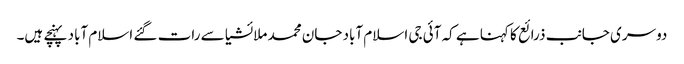
دوسری جانب ذرائع کا کہنا ہے کہ آئی جی اسلام آباد جان محمد ملائشیا سے رات گئے اسلام آباد پہنچے ہیں۔